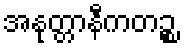
အနုတ္တာနီကတဉ္စ